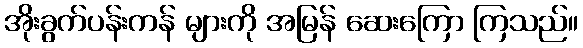
အိုးခွက်ပန်းကန် များကို အမြန် ဆေးကြော ကြသည်။